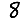
Digit: 8